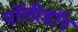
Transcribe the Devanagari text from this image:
पॉलीडॉर